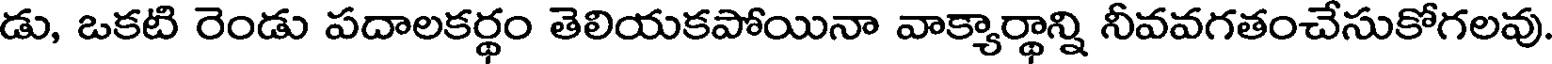
డు, ఒకటి రెండు పదాలకర్థం తెలియకపోయినా వాక్యార్థాన్ని నీవవగతంచేసుకోగలవు